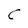
Character: C